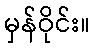
မှန်ဝိုင်း။